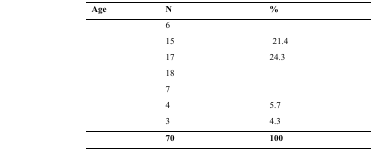
<table><thead><tr><td><b>Age</b></td><td><b>N</b></td><td><b>%</b></td></tr></thead><tbody><tr><td>[EMPTY_CELL]</td><td>6</td><td>[EMPTY_CELL]</td></tr><tr><td>[EMPTY_CELL]</td><td>15</td><td>21.4</td></tr><tr><td>[EMPTY_CELL]</td><td>17</td><td>24.3</td></tr><tr><td>[EMPTY_CELL]</td><td>18</td><td>[EMPTY_CELL]</td></tr><tr><td>[EMPTY_CELL]</td><td>7</td><td>[EMPTY_CELL]</td></tr><tr><td>[EMPTY_CELL]</td><td>4</td><td>5.7</td></tr><tr><td>[EMPTY_CELL]</td><td>3</td><td>4.3</td></tr><tr><td>[EMPTY_CELL]</td><td><b>70</b></td><td><b>100</b></td></tr></tbody></table>